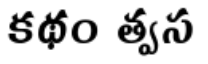
కథం త్వస